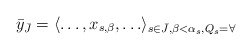
\begin{align*}\bar y_{\bar J} = \langle \ldots,x_{s,\beta},\ldots \rangle_{s \in \bar J,\beta < \alpha_s,Q_s = \forall}\end{align*}